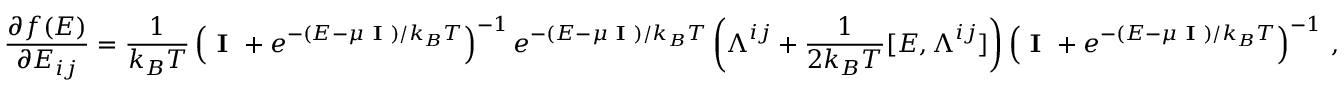
\frac { \partial f ( \boldsymbol { E } ) } { \partial E _ { i j } } = \frac { 1 } { k _ { B } T } \left( \textbf { I } + e ^ { - ( \boldsymbol { E } - \mu \textbf { I } ) / k _ { B } T } \right) ^ { - 1 } e ^ { - ( \boldsymbol { E } - \mu \textbf { I } ) / k _ { B } T } \left( \boldsymbol { \Lambda } ^ { i j } + \frac { 1 } { 2 k _ { B } T } [ \boldsymbol { E } , \boldsymbol { \Lambda } ^ { i j } ] \right) \left( \textbf { I } + e ^ { - ( \boldsymbol { E } - \mu \textbf { I } ) / k _ { B } T } \right) ^ { - 1 } \, ,